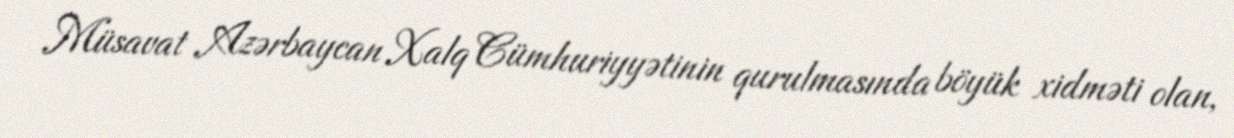
Müsavat Azərbaycan Xalq Cümhuriyyətinin qurulmasında böyük xidməti olan,